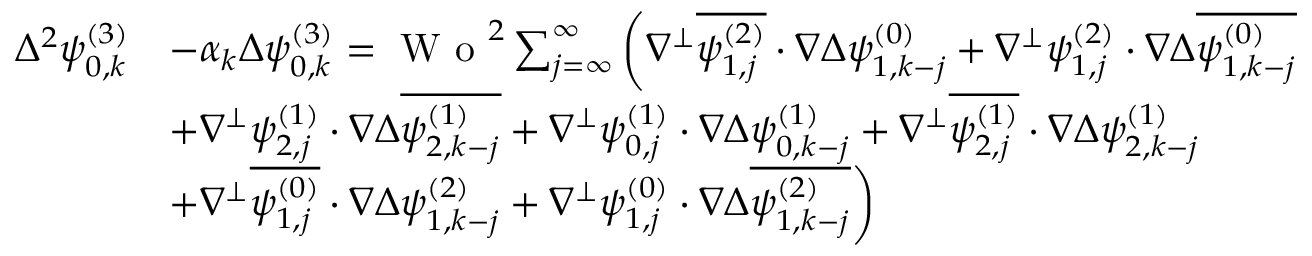
\begin{array} { r l } { \Delta ^ { 2 } \psi _ { 0 , k } ^ { ( 3 ) } } & { - \alpha _ { k } \Delta \psi _ { 0 , k } ^ { ( 3 ) } = \textrm { W o } ^ { 2 } \sum _ { j = \infty } ^ { \infty } \bigg ( \nabla ^ { \perp } \overline { { \psi _ { 1 , j } ^ { ( 2 ) } } } \cdot \nabla \Delta \psi _ { 1 , k - j } ^ { ( 0 ) } + \nabla ^ { \perp } \psi _ { 1 , j } ^ { ( 2 ) } \cdot \nabla \Delta \overline { { \psi _ { 1 , k - j } ^ { ( 0 ) } } } } \\ & { + \nabla ^ { \perp } \psi _ { 2 , j } ^ { ( 1 ) } \cdot \nabla \Delta \overline { { \psi _ { 2 , k - j } ^ { ( 1 ) } } } + \nabla ^ { \perp } \psi _ { 0 , j } ^ { ( 1 ) } \cdot \nabla \Delta \psi _ { 0 , k - j } ^ { ( 1 ) } + \nabla ^ { \perp } \overline { { \psi _ { 2 , j } ^ { ( 1 ) } } } \cdot \nabla \Delta \psi _ { 2 , k - j } ^ { ( 1 ) } } \\ & { + \nabla ^ { \perp } \overline { { \psi _ { 1 , j } ^ { ( 0 ) } } } \cdot \nabla \Delta \psi _ { 1 , k - j } ^ { ( 2 ) } + \nabla ^ { \perp } \psi _ { 1 , j } ^ { ( 0 ) } \cdot \nabla \Delta \overline { { \psi _ { 1 , k - j } ^ { ( 2 ) } } } \bigg ) } \end{array}